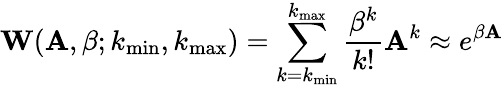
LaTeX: \mathbf{W}(\mathbf{A},\beta;k_{\operatorname*{min}},k_{\operatorname*{max}})=\sum_{k=k_{\operatorname*{min}}}^{k_{\operatorname*{max}}}\frac{\beta^{k}}{k!}\mathbf{A}^{k}\approx e^{\beta\mathbf{A}}